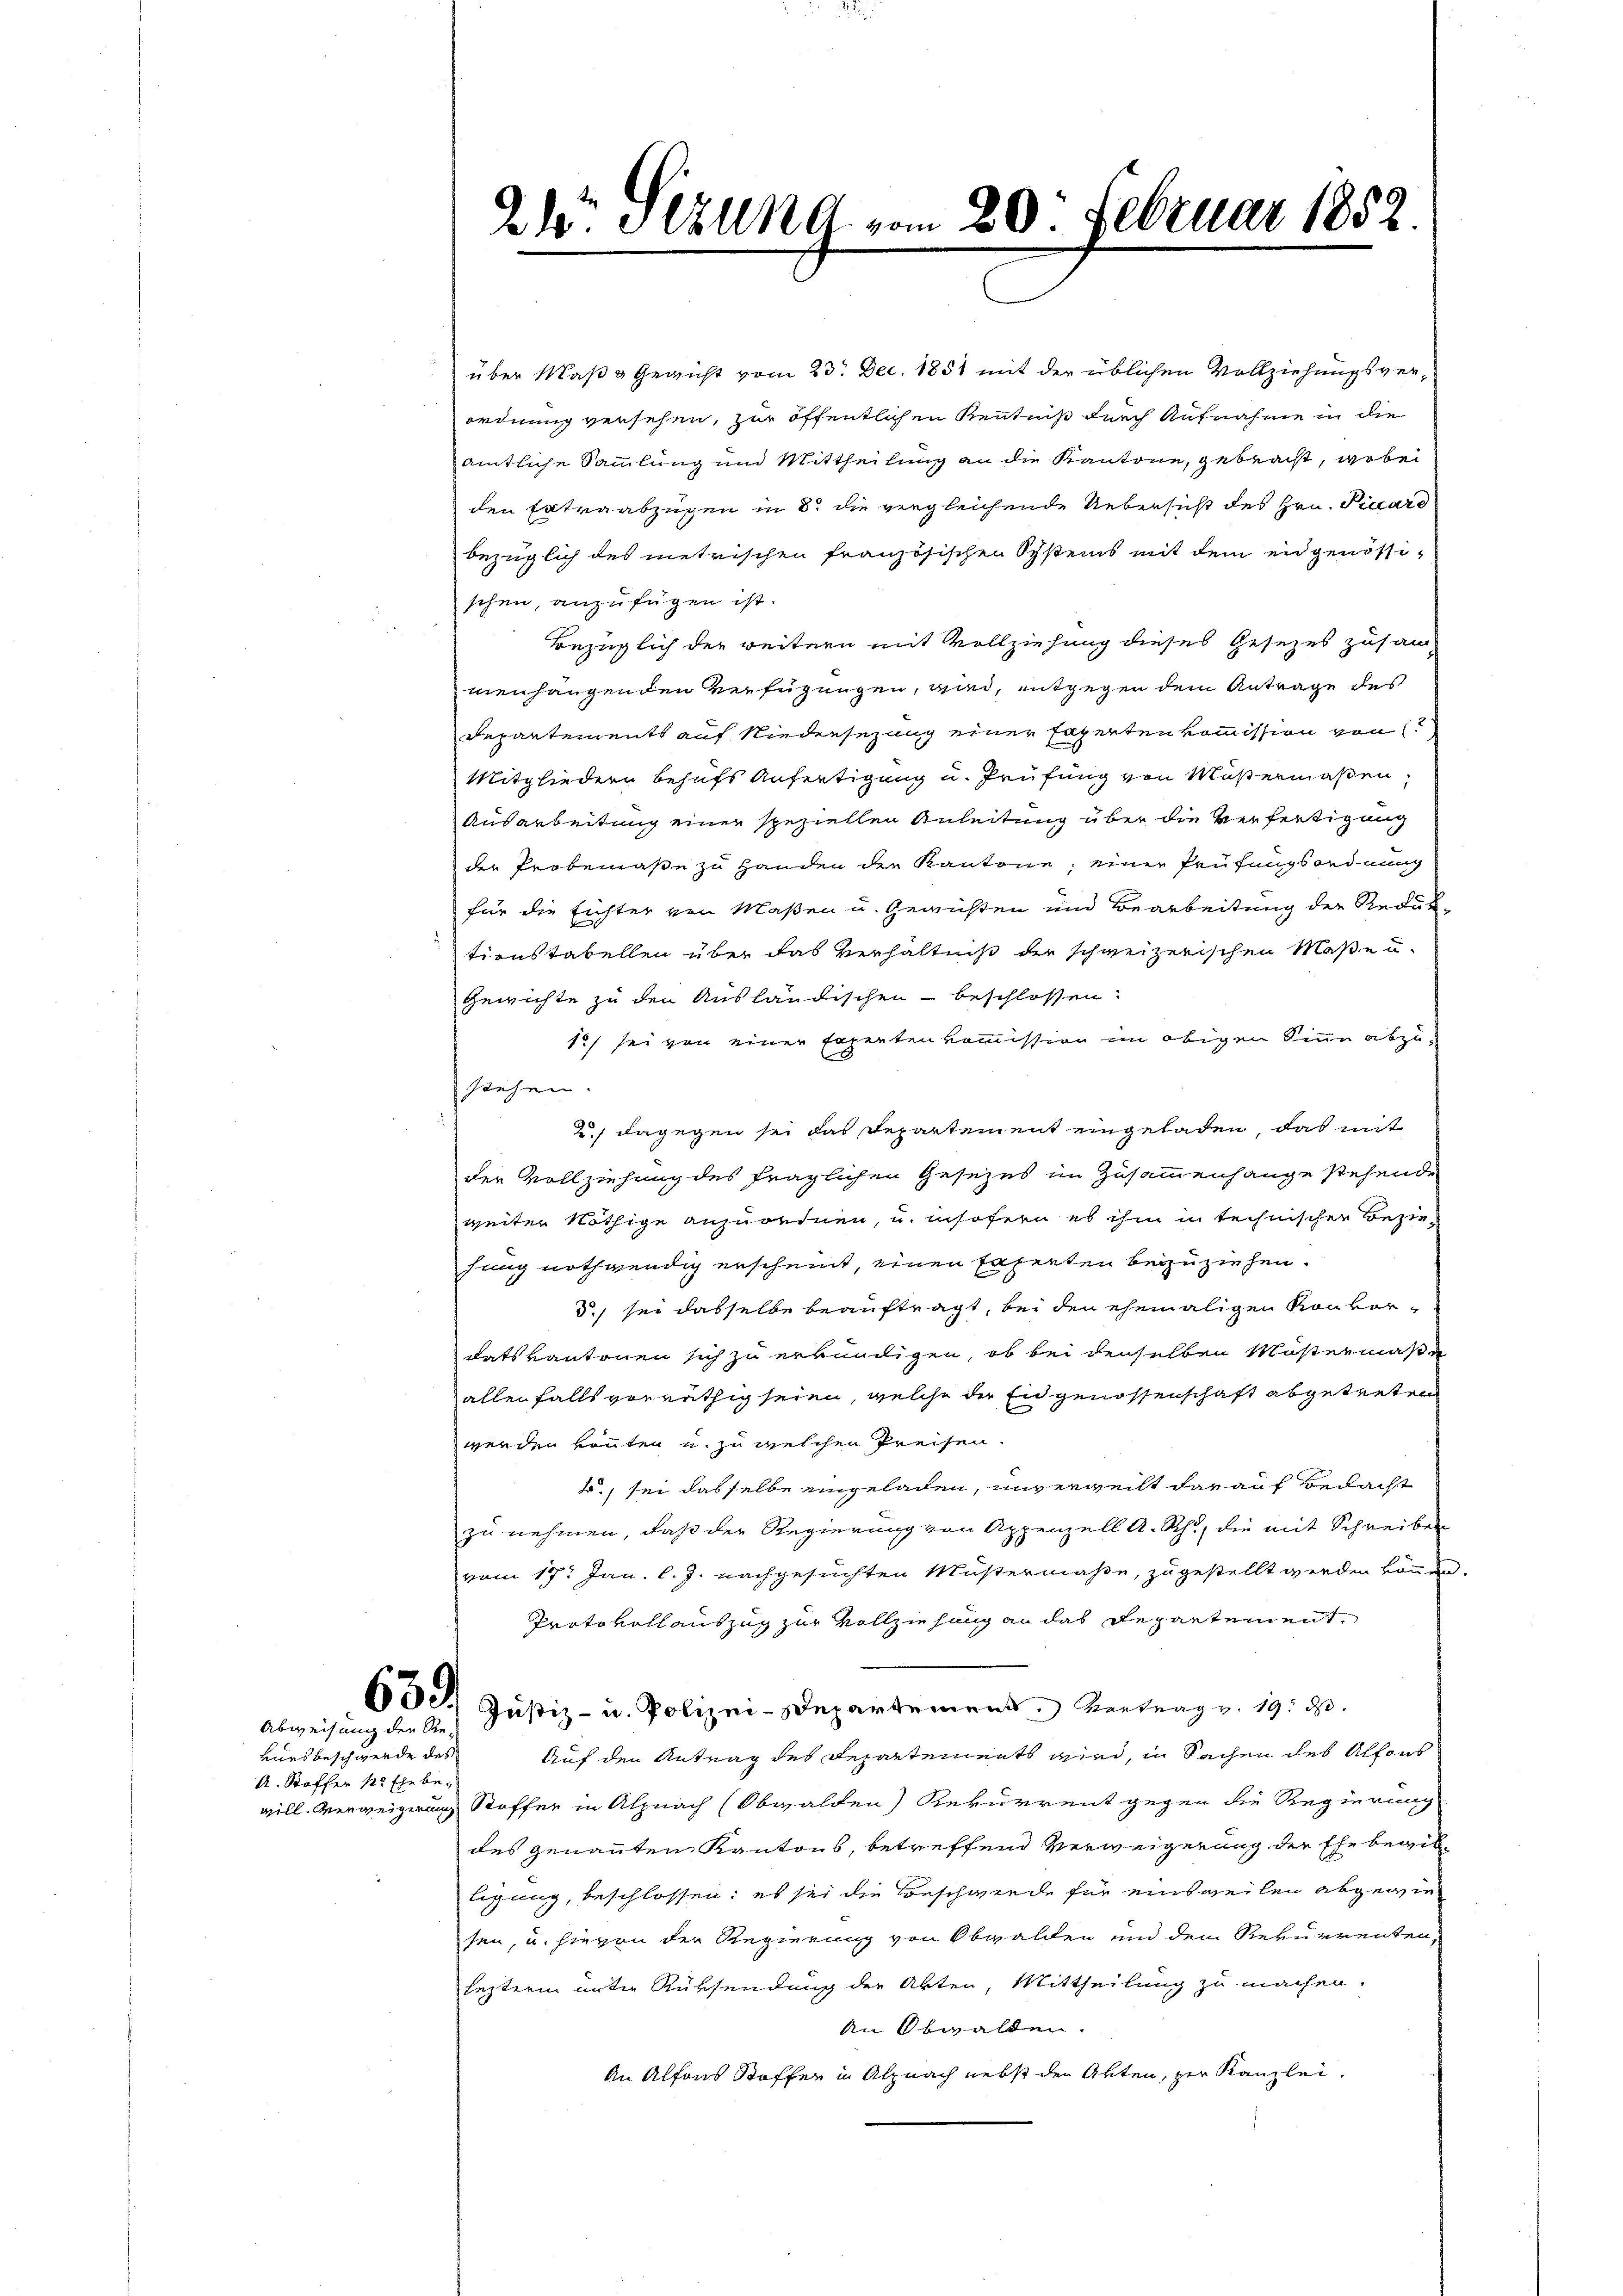
eues beschwerde des
A. Stoffer 1. Ehe be¬

Abweisung der Re-

24. Sekung vom 20. Februar 1852.

über Maßa Gericht vom 23. Dec. 1851 mit der üblichen Vollziehungsverordnung versehen, zur öffentlichen Kenntniß durch Aufnahme in die
amtliche Sammlung und Mittheilung an die Kantone, gebracht, wobei
den Extraabzügen in 8. die vergleichende Uebersicht des Hrn. Piuard
bezüglich des metrischen Französischen Systeins mit dem eidgenössischen, anzufügen ist.
Bezüglich der weitern mit Vollziehung dieses Gesezes zusam-
menhängenden Verfügungen, wird, entgegen dem Antrage des
Departements auf Niedersezung einer Experten kommission von
Mitgliedern behufs Anfertigung u. Prüfung von Musermaßen,
Ausarbeitung einer speziellen Anleitung über die Verfertigung
der Probemaße zu Handen die Kantone; einer Prüfungsordnung
für die Eichter von Maßen u. Gewichten und Bearbeitung der Reduk
tionstabellen über das Verhältniß der schweizerischen Maße u.
Gewichte zu den Ausländischen - beschlossen:
15) sei von einer Expertenkommission im obigen Sinn abzustehen.
 dagegen sei das Departement eingeladen, das mit
der Vollziehung des fraglichen Gesezes im Zusammenhange stehende
weiter Nöthige anzuordnen, u. insofern es ihm in technischer Beziehung nothwendig erscheint, einen Faserten beizuziehen.
d.) sei dasselbe beauftragt, bei den ehemaligen Konverdats kantonen sich zu erkundigen, ob bei denselben Müstermaße
allen falls vorräthig seien, welche der Eidgenossenschaft abgetreten
werden könten u. zu welchen Preisen.
2., sei dasselbe eingeladen, unverweilt darauf Bedacht
zu nehmen, daß der Regierung von Appenzell A.-Rh., die mit Schreiben
vom 17. Jan. l. J. nachgesuchten Müstermaße, zugestellt werden können.
Protokollauszug zur Vollziehung an das Repartement,
630. Justiz- u. Polizei-Departemens Vertrag v. 19. ds.
Auf den Antrag des Repartements wird, in Sachen des Alfons
will. Verweigerung Stoffer in Alpnach (Obwalden Rekurrentgegen die Regierung
des genannten Kantons, betreffend Verweigerung der Ehe begibligung, beschlossen: es sei die Beschwende für einsweilen abgewiesen, u. hievon der Regierung von Obwalden und dem Rekurrenten,
lezterm unter Rüksendung der Akten, Mittheilung zu machen.
An Obwalden.
An Alfons Stoffen in Alpurch nebst den Akten, zur Kanzlei.